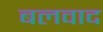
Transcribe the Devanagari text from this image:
बलवाद